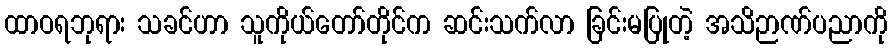
ထာဝရဘုရား သခင်ဟာ သူကိုယ်တော်တိုင်က ဆင်းသက်လာ ခြင်းမပြုတဲ့ အသိဉာဏ်ပညာကို